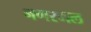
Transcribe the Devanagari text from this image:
नगरमल